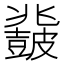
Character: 𱲈